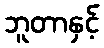
ဘူတာနှင့်